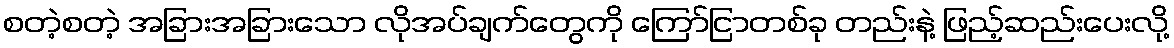
စတဲ့စတဲ့ အခြားအခြားသော လိုအပ်ချက်တွေကို ကြော်ငြာတစ်ခု တည်းနဲ့ ဖြည့်ဆည်းပေးလို့